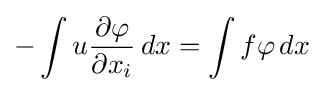
-\int u{\frac {\partial \varphi }{\partial x_{i}}}\,dx=\int f\varphi \,dx